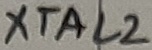
Text: XTAL2